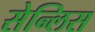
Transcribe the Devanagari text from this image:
सेन्लिस